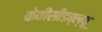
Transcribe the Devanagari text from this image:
केवीसीडब्ल्यू